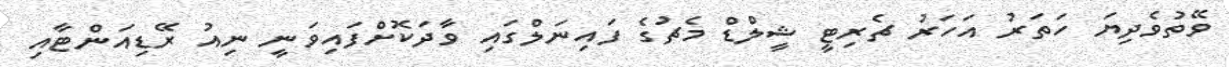
ވޭތުވެދިޔަ ހަތަރު އަހަރު ޗެރިޓީ ޝީލްޑް މެޗުގެ ފައިނަލްގައި ވާދަކޮށްފައިވަނީ ނިއު ރޭޑިއަންޓާއި